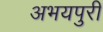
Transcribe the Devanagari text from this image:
अभयपुरी